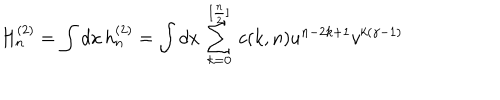
LaTeX: H _ { n } ^ { ( 2 ) } = \int d x \, h _ { n } ^ { ( 2 ) } = \int d x \, \sum _ { k = 0 } ^ { [ { \frac { n } { 2 } } ] } \, c ( k , n ) u ^ { n - 2 k + 1 } v ^ { k ( \gamma - 1 ) }